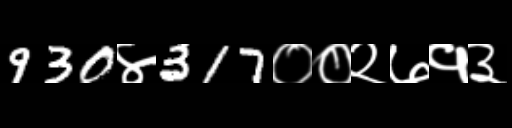
Text: 930४317००२७१३